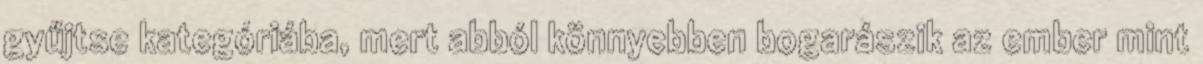
gyűjtse kategóriába, mert abból könnyebben bogarászik az ember mint